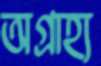
অগ্রাহ্য